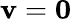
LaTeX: \mathbf{v}=\mathbf{0}